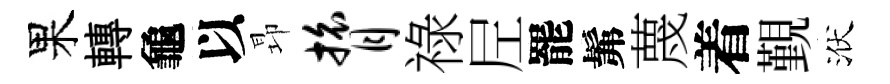
果轉龜以昻膂祿𡰱罷髴蔑着覲洑